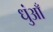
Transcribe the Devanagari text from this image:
धुंआँ